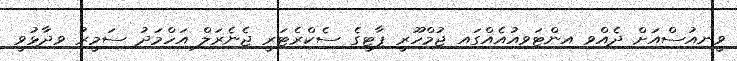
ވީނިއުސްއަށް ދެއްވި އިންޓަވިއުއެއްގައި ޖުމްހޫރީ ޕާޓީގެ ސެކްރެޓަރީ ޖެނެރަލް އަހްމަދު ސަމީރު ވިދާޅުވީ